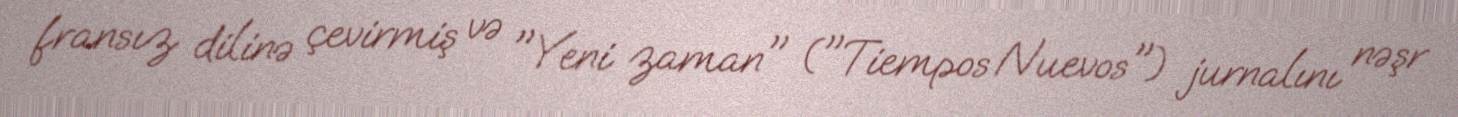
fransız dilinə çevirmiş və "Yeni zaman" ("Tiempos Nuevos") jurnalını nəşr